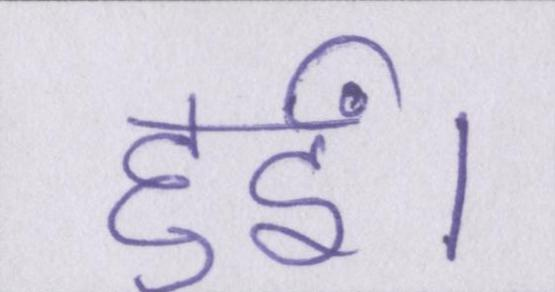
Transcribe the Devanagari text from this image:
हुईं।